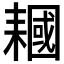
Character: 𱻵